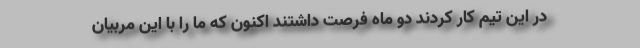
در این تیم کار کردند دو ماه فرصت داشتند اکنون که ما را با این مربیان